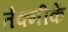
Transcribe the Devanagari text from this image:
तैक्नीकें